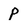
Character: p